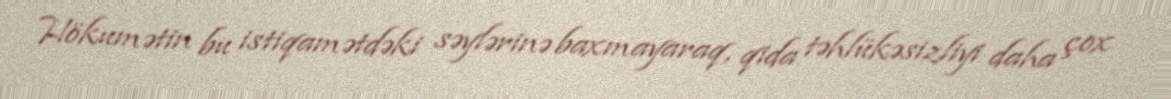
Hökumətin bu istiqamətdəki səylərinə baxmayaraq, qida təhlükəsizliyi daha çox